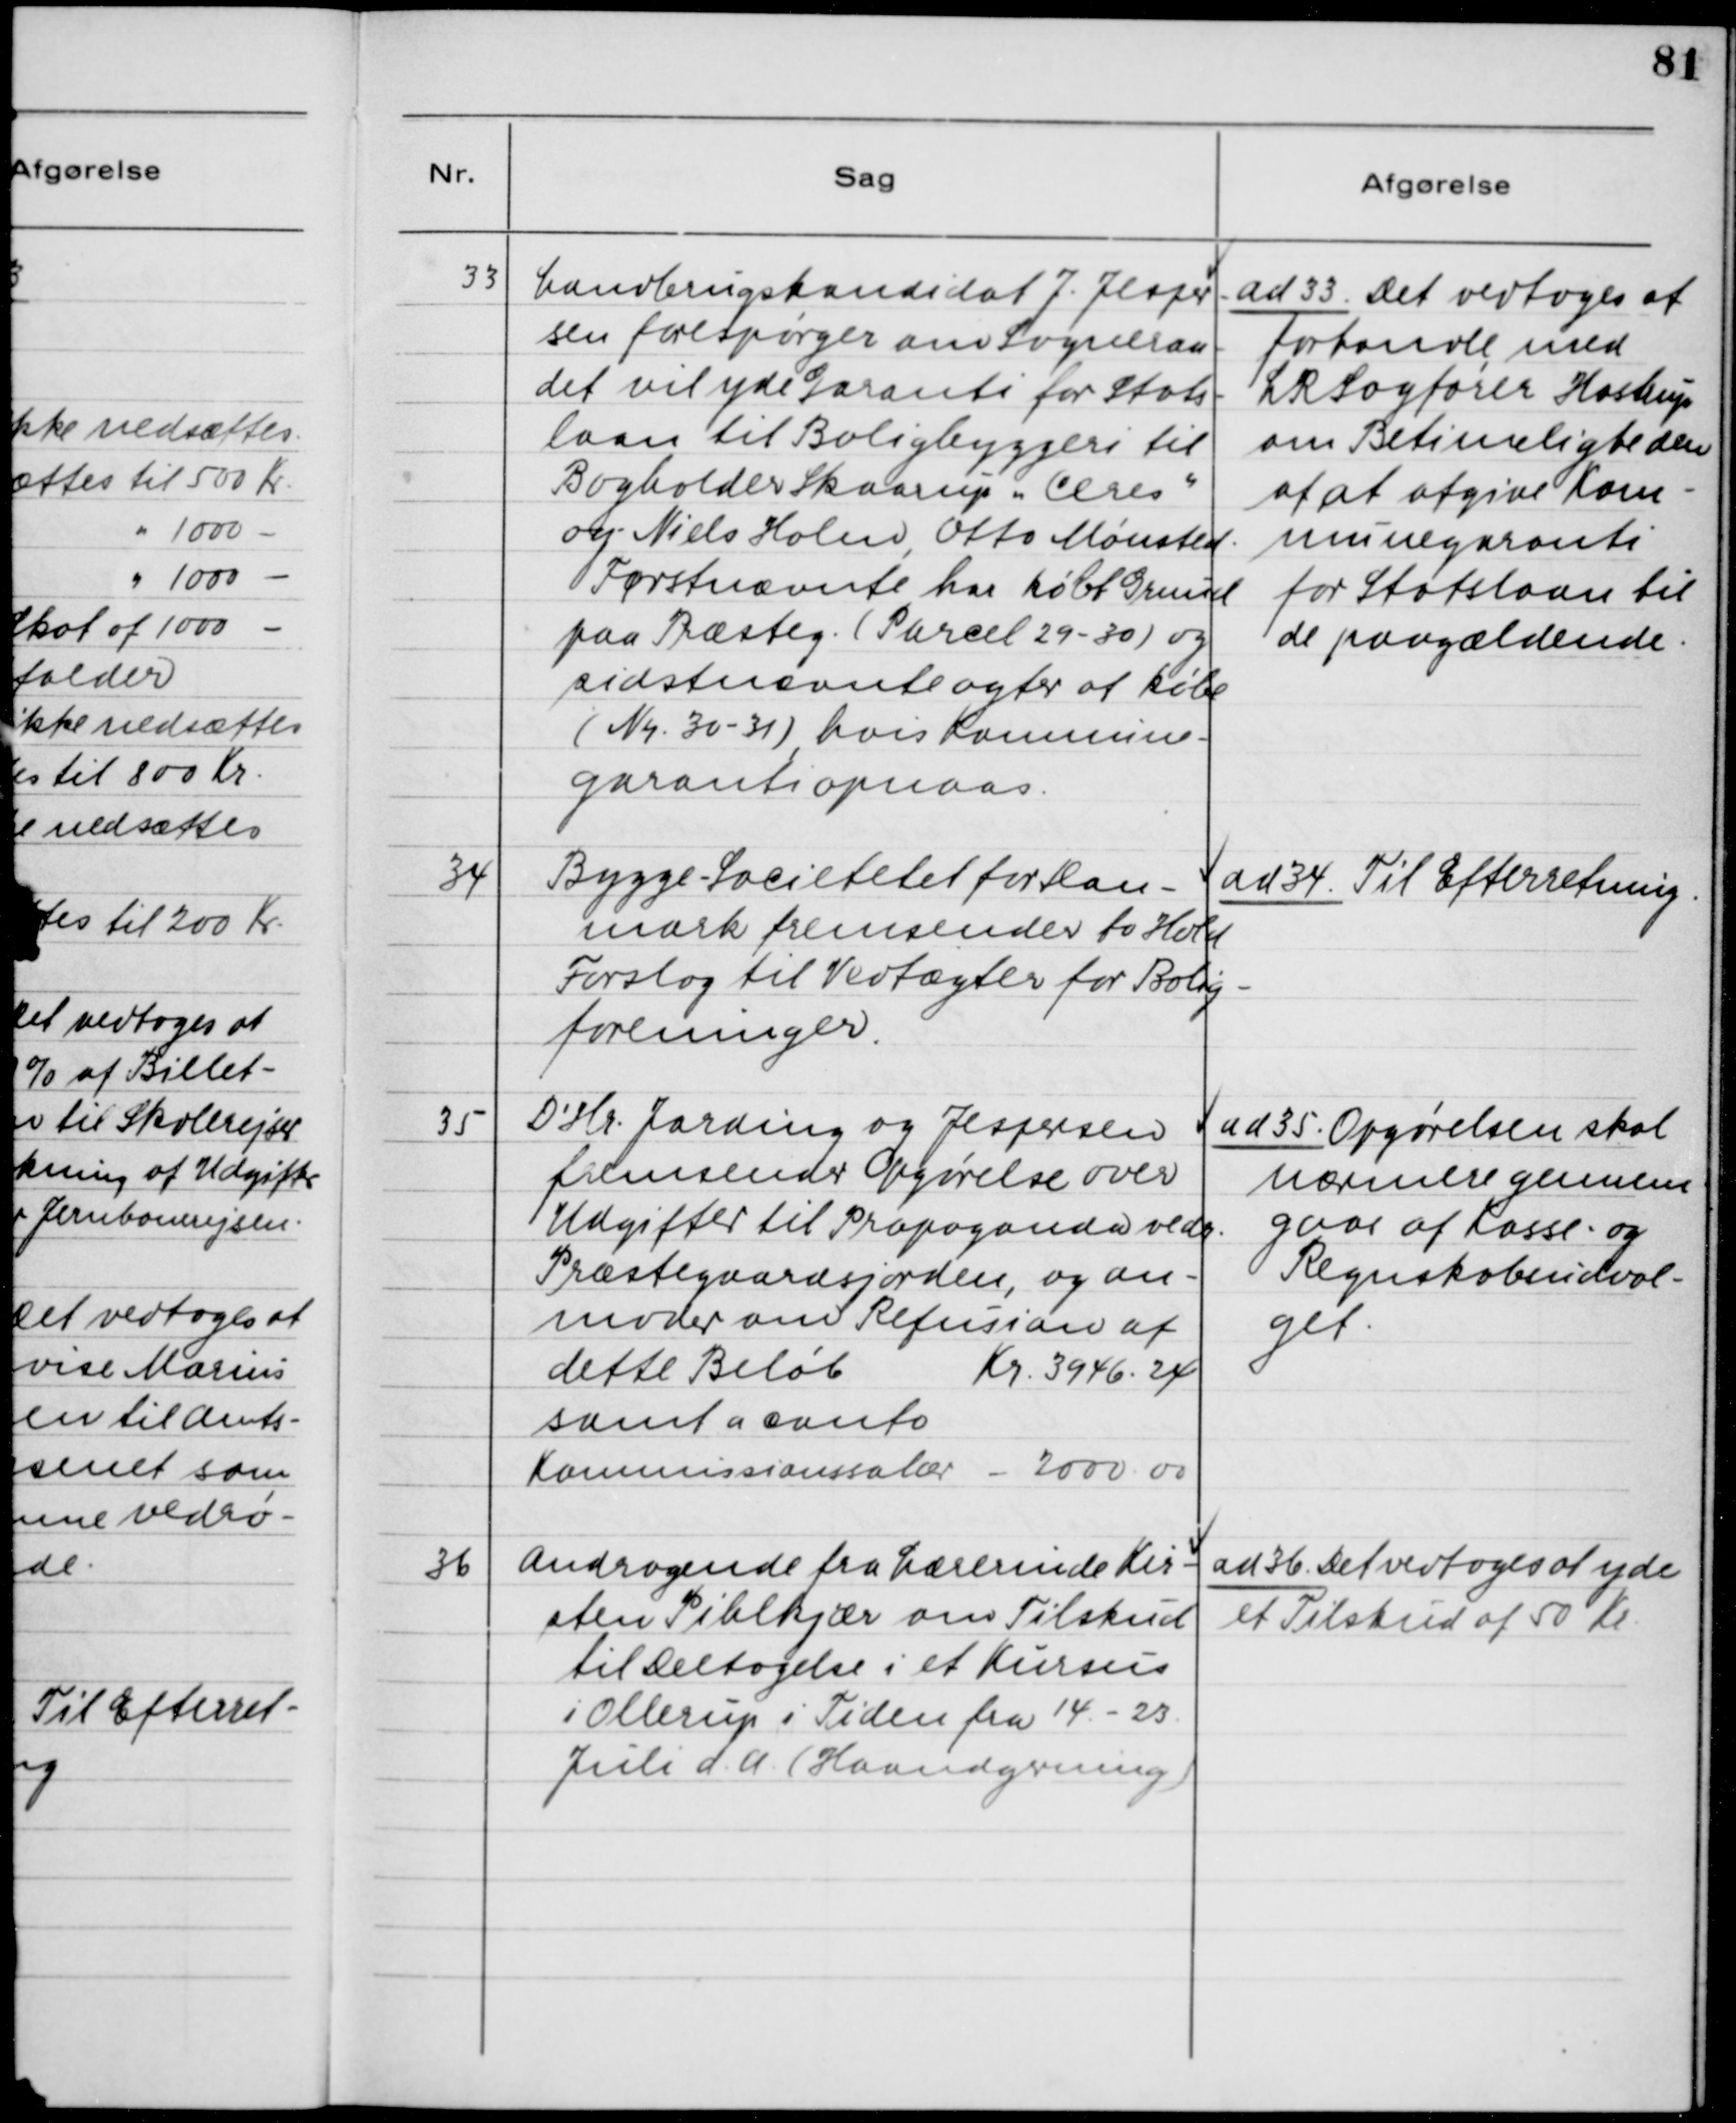
Transskription:
33. Landbrugskandidat J. Jesper-
sen forespørger om Sogneraa-
det vil yde Garanti for Stats-
laan til Boligbyggeri til
Bogholder Skaarup "Ceres"
og Niels Holm, Otto Mønsted.
Førstnævnte har købt Grund
paa Præsteg. (Parcel 29-30) og
sidstnævnte agter at købe
(Nr. 30-31) hvis Kommune
garanti opnaas.

ad 33. Det vedtoges at
forhandle med
LRSagfører Hastrup
om Betimeligheden
af at afgive Kom-
munegaranti
for Statslaan til
de paagældende.

34. Bygge - Societetet for Dan-
mark fremsender to Hold
Forslag til Vedtægter for Bolig-
foreninger.

ad 34. Til Efterretning.

35. D'Hr. Jarding og Jespersen
fremsender Opgørelse over
Udgifter til Propaganda vedr.
Præstegaardsjorden, og an-
moder om Refussion af
dette Beløb
Kr. 3946.24
samt aconto
Kommissionssalær - 2000.00

ad 35. Opgørelsen skal
nærmere gennem-
gaas af Kasse- og
Regnskabsudval-
get.

36. Andragende fra Lærerinde Kir-
sten Pihlkjær om Tilskud
til Deltagelse i et Kursus
i Ollerup i Tiden fra 14. - 23.
Juli d.A. (Haandgerning)

ad 36. Det vedtoges at yde
et Tilskud af 50 Kr.